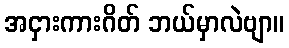
အငှားကားဂိတ် ဘယ်မှာလဲဗျာ။